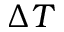
\Delta T